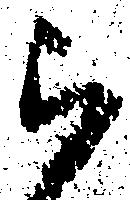
被